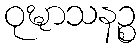
ဝုဍ္ဎာသနဉ္စ